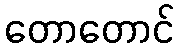
တောတောင်